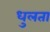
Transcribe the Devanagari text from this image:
धुलता